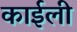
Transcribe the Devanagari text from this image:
काईली